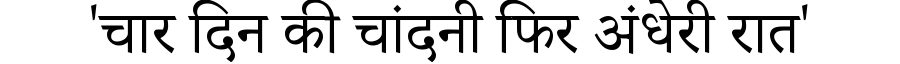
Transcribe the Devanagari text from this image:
'चार दिन की चांदनी फिर अंधेरी रात'